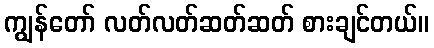
ကျွန်တော် လတ်လတ်ဆတ်ဆတ် စားချင်တယ်။